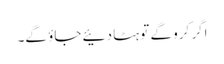
اگر کرو گے تو ہٹا دئیے جاؤ گے۔